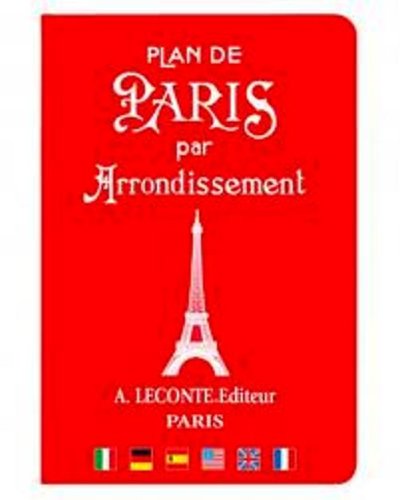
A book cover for Plan de Paris par Arrondissement: Paris Street Guide by District (English and French Edition) Cover comes in four different colors; Collectif; Travel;